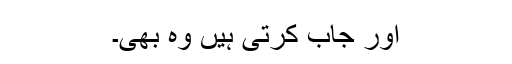
اور جاب کرتی ہیں وہ بھی۔